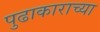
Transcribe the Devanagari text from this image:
पुढाकाराच्या